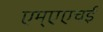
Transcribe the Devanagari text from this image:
एम्एएचई